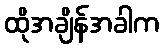
ထိုအချိန်အခါက